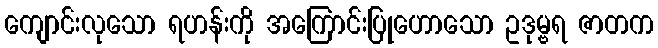
ကျောင်းလုသော ရဟန်းကို အကြောင်းပြုဟောသော ဥဒုမ္ဗရ ဇာတက